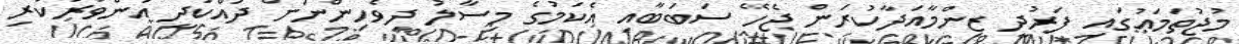
މުޖުތަމަޢުގައި ފަރުދީ ޒިންމާއަދާކުރަން ޖެހޭ ސަބަބާއި އެކަމުގެ މިސާލު ދިވެހިންނަށް ދައްކަދީ އަންވަރުކުރި